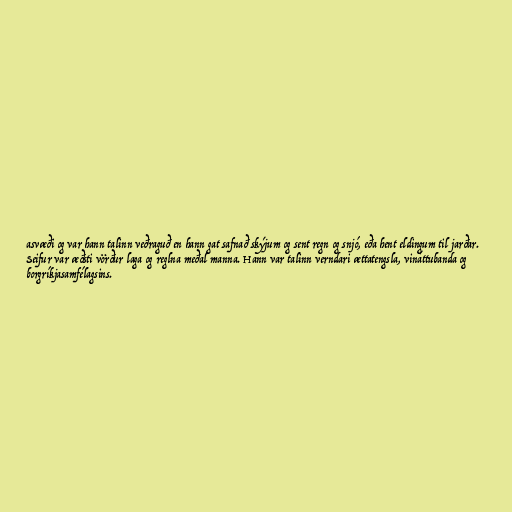
asvæði og var hann talinn veðraguð en hann gat safnað skýjum og sent regn og snjó, eða hent eldingum til jarðar.
Seifur var æðsti vörður laga og reglna meðal manna. Hann var talinn verndari ættatengsla, vináttubanda og
borgríkjasamfélagsins.